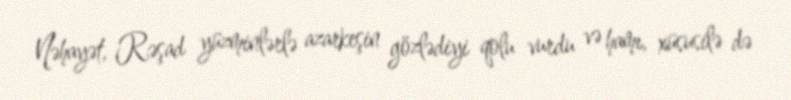
Nəhayət, Rəşad yüzminlərlə azarkeşin gözlədiyi qolu vurdu və hamı, xüsusilə də